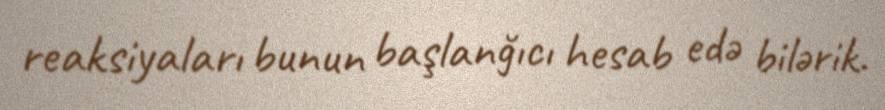
reaksiyaları bunun başlanğıcı hesab edə bilərik.